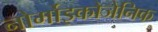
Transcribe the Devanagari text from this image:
नोर्मोइकोजेनिक